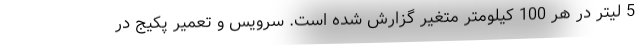
5 لیتر در هر 100 کیلومتر متغیر گزارش شده است. سرویس و تعمیر پکیج در